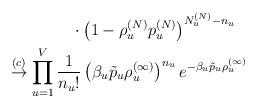
LaTeX: \begin{align*}&\qquad\qquad \cdot\left(1-\rho_u^{(N)} p_u^{(N)} \right)^{N_u^{(N)} - n_u} \\&\stackrel{(c)}{\to} \prod_{u = 1}^V \frac{1}{n_u!} \left(\beta_u \tilde{p}_u \rho_u^{(\infty)} \right)^{n_u } e^{- \beta_u \tilde{p}_u \rho_u^{(\infty)}} \end{align*}